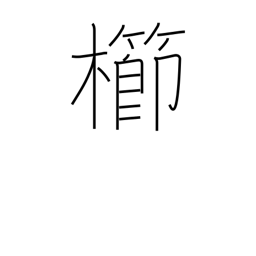
Meaning: comb